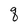
Character: q